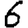
Digit: 6